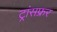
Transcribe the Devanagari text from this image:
ट्रांसफ्रर